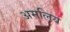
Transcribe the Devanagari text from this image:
अमलिय